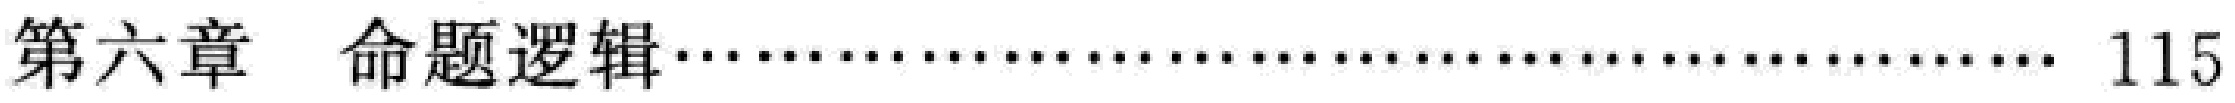
第六章 命题逻辑\dotfill 115